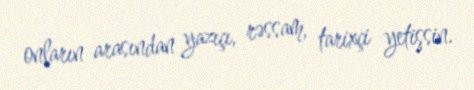
onların arasından yazıçı, rəssam, tarixçi yetişsin.